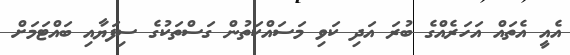
އެއީ އެތައް އަހަރެއްގެ ބުރަ އަދި ކަވި މަސައްކަތުން ގަސްތަކުގެ ސިފަޔާއި ބައްޓަމަށް